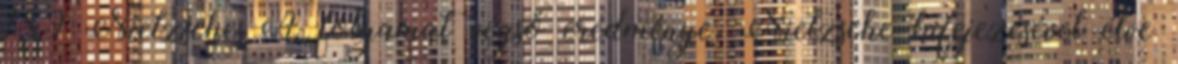
189 Nietzsche A folyamat végső eredménye, Nietzsche kifejezésével élve